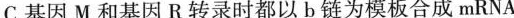
C.基因M和基因R转录时都以b链为模板合成mRNA